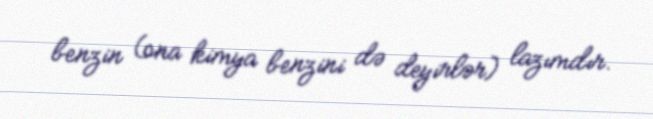
benzin (ona kimya benzini də deyirlər) lazımdır.